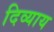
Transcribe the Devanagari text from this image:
दिव्याय